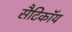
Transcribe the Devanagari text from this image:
सैटिकॉय